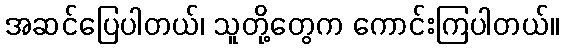
အဆင်ပြေပါတယ်၊ သူတို့တွေက ကောင်းကြပါတယ်။